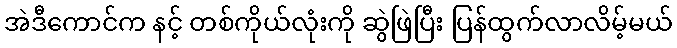
အဲဒီကောင်က နင့် တစ်ကိုယ်လုံးကို ဆွဲဖြဲပြီး ပြန်ထွက်လာလိမ့်မယ်